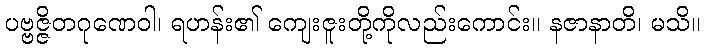
ပဗ္ဗဇ္ဇိတဂုဏေဝါ၊ ရဟန်း၏ ကျေးဇူးတို့ကိုလည်းကောင်း။ နဇာနာတိ၊ မသိ။